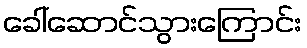
ခေါ်ဆောင်သွားကြောင်း